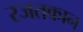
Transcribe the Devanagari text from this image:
रजतकान